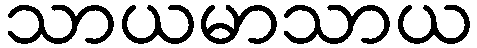
သာယမာသာယ